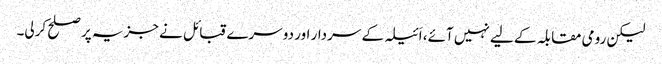
لیکن رومی مقابلہ کے لیے نہیں آئے، اَئیلہ کے سردار اور دوسرے قبائل نے جزیہ پر صلح کرلی۔